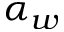
\alpha _ { w }